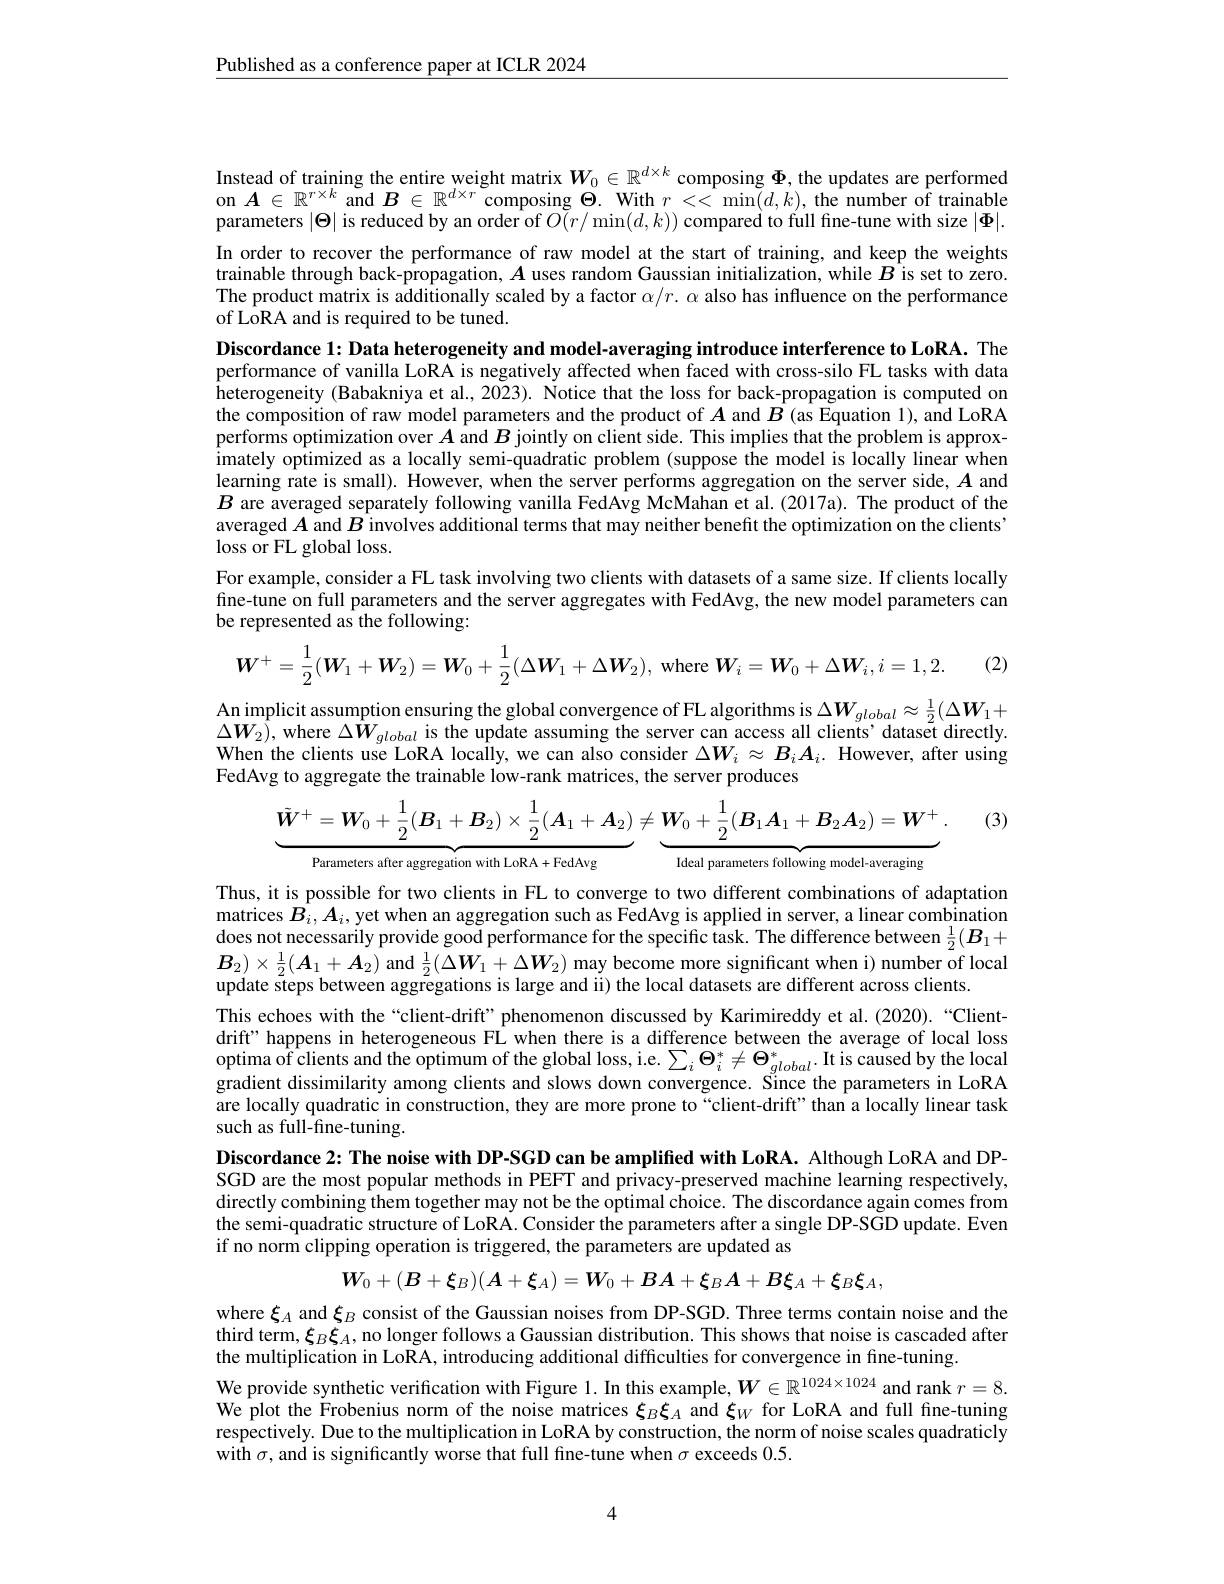
$\underline{\text{Published as a conference paper at ICLR 2024}}$

Instead of training the entire weight matrix $W_0\in\mathbb{R}^{d\times k}$ composing $\Phi$, the updates are performed

on $A\in\mathbb{R}^{r\times k}$ and $B\in\mathbb{R}^d\times r$ composing $\Theta.$ With $r<<\min(d,k)$, the number of trainable parameters $|\Theta|$ is reduced by an order of $O(r/\min(d,k))$ compared to full fine-tune with size $|\Phi|.$ In order to recover the performance of raw model at the start of training, and keep the weights trainable through back-propagation, $A$ uses random Gaussian initialization, while $B$ is set to zero The product matrix is additionally scaled by a factor $\alpha/r.\alpha$ also has influence on the performance of LoRA and is required to be tuned.
Discordance 1: Data heterogeneity and model-averaging introduce interference to LoRA. The performance of vanilla LoRA is negatively affected when faced with cross-silo FL tasks with data heterogeneity (Babakniya et al., 2023). Notice that the loss for back-propagation is computed on the composition of raw model parameters and the product of $A$ and $B$ (as Equation 1), and LoRA performs optimization over $A$ and $B$ jointly on client side. This implies that the problem is approximately optimized as a locally semi-quadratic problem (suppose the model is locally linear when learning rate is small). However, when the server performs aggregation on the server side, $A$ and $B$ are averaged separately following vanilla FedAvg McMahan et al.(2017a). The product of the averaged $A$ and $B$ involves additional terms that may neither benefit the optimization on the clients" loss or FL global loss.
For example, consider a FL task involving two clients with datasets of a same size. If clients locally fine-tune on full parameters and the server aggregates with FedAvg, the new model parameters can be represented as the following:
$$\boldsymbol{W}^+=\frac12(\boldsymbol{W}_1+\boldsymbol{W}_2)=\boldsymbol{W}_0+\frac12(\Delta\boldsymbol{W}_1+\Delta\boldsymbol{W}_2),\mathrm{~where~}\boldsymbol{W}_i=\boldsymbol{W}_0+\Delta\boldsymbol{W}_i,i=1,2.$$
(2)
An implicit assumption ensuring the global convergence of FL algorithms is $\Delta\boldsymbol{W}_{global}\approx\frac12(\Delta\boldsymbol{W}_1+$ $\Delta\boldsymbol{W}_{2}\hat{)}$, where $\Delta\hat{W}_{global}$ is the update assuming the server can access all clients' dataset directly. When the clients use LoRA locally, we can also consider $\Delta W_i\approx B_iA_i.$ However, after using

(3)

FedAvg to aggregate the trainable low-rank matrices, the server produces
$$\tilde{\boldsymbol{W}}^+=\boldsymbol{W}_0+\frac12(\boldsymbol{B}_1+\boldsymbol{B}_2)\times\frac12(\boldsymbol{A}_1+\boldsymbol{A}_2)\neq\underbrace{\boldsymbol{W}_0+\frac12(\boldsymbol{B}_1\boldsymbol{A}_1+\boldsymbol{B}_2\boldsymbol{A}_2)=\boldsymbol{W}^+}.$$
Parameters after aggregation with LoRA+FedAvg
Ideal parameters following model-averaging

Thus, it is possible for two clients in FL to converge to two different combinations of adaptation does not necessarily provide good performance for the specific task. The difference between $\frac12(B_1+$ $\boldsymbol{B}_2)\times\frac12(\boldsymbol{A}_1+\boldsymbol{A}_2)$ and $\frac12(\Delta\boldsymbol{W}_1+\Delta\boldsymbol{W}_2)$ may become more significant when i) number $\bar\text{of local}$ update steps between aggregations is large and ii) the local datasets are different across clients.
This echoes with the“client-drift” phenomenon discussed by Karimireddy et al.(2020).“Clientdrift" happens in heterogeneous FL when there is a difference between the average of local loss optima of clients and the optimum of the global loss, i.e. $\sum_i\Theta_i^*\neq\Theta_{global}^*.$ It is caused by the local gradient dissimilarity among clients and slows down convergence. Since the parameters in LoRA are locally quadratic in construction, they are more prone to“client-drift"than a locally linear task such as full-fine-tuning.
Discordance 2: The noise with DP-SGD can be amplified with LoRA. Although LoRA and DPSGD are the most popular methods in PEFT and privacy-preserved machine learning respectively, directly combining them together may not be the optimal choice. The discordance again comes from the semi-quadratic structure of LoRA. Consider the parameters after a single DP-SGD update. Even if no norm clipping operation is triggered, the parameters are updated as
$$\boldsymbol{W}_0+(\boldsymbol{B}+\boldsymbol{\xi}_B)(\boldsymbol{A}+\boldsymbol{\xi}_A)=\boldsymbol{W}_0+B\boldsymbol{A}+\boldsymbol{\xi}_B\boldsymbol{A}+B\boldsymbol{\xi}_A+\boldsymbol{\xi}_B\boldsymbol{\xi}_A,$$
where $\xi_A$ and $\xi_B$ consist of the Gaussian noises from DP-SGD. Three terms contain noise and the third term, $\xi_B\boldsymbol{\xi}_A$, no longer follows a Gaussian distribution. This shows that noise is cascaded after the multiplication in LoRA, introducing additional difficulties for convergence in fine-tuning
We provide synthetic verification with Figure 1. In this example, $W\in\mathbb{R}^{1024\times1024}$ and rank $r=8.$ We plot the Frobenius norm of the noise matrices $\xi_B\boldsymbol{\xi}_A$ and $\boldsymbol\xi_W$ for LoRA and full fine-tuning respectively. Due to the multiplication in LoRA by construction, the norm of noise scales quadraticly with $\sigma$, and is significantly worse that full fine-tune when $\sigma$ exceeds 0.5.

4